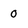
Character: 0